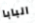
البابا